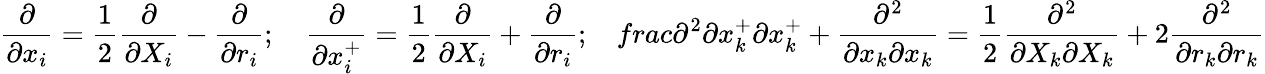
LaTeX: \frac{\partial}{\partial x_{i}}=\frac{1}{2}\frac{\partial}{\partial X_{i}}-\frac{\partial}{\partial r_{i}};\ \ \ \ \frac{\partial}{\partial x_{i}^{+}}=\frac{1}{2}\frac{\partial}{\partial X_{i}}+\frac{\partial}{\partial r_{i}};\ \ \ \, frac{\partial^{2}}{\partial x_{k}^{+}\partial x_{k}^{+}}+\frac{\partial^{2}}{\partial x_{k}\partial x_{k}}=\frac{1}{2}\frac{\partial^{2}}{\partial X_{k}\partial X_{k}}+2\frac{\partial^{2}}{\partial r_{k}\partial r_{k}}